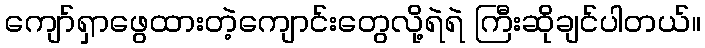
ကျော်ရှာဖွေထားတဲ့ကျောင်းတွေလို့ရဲရဲ ကြီးဆိုချင်ပါတယ်။